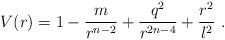
LaTeX: \begin{align*}V(r) = 1 - \frac{m}{r^{n-2}} + \frac{q^2}{r^{2n-4}} + \frac{r^2}{l^2}\ .\end{align*}